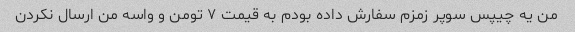
من یه چیپس سوپر زمزم سفارش داده بودم به قیمت ۷ تومن و واسه من ارسال نکردن